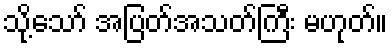
သို့သော် အပြတ်အသတ်ကြီး မဟုတ်။